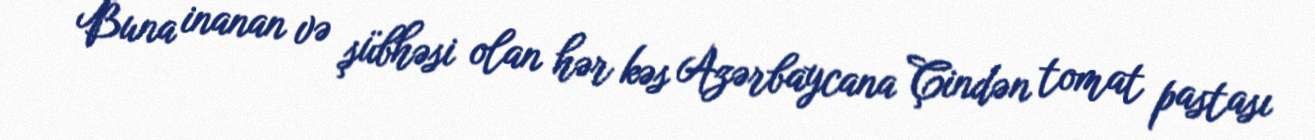
Buna inanan və şübhəsi olan hər kəs Azərbaycana Çindən tomat pastası